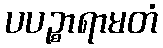
ပပဉ္စာရာမတံ